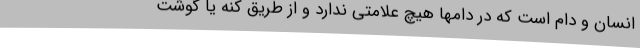
انسان و دام است که در دامها هیچ علامتی ندارد و از طریق کنه یا گوشت